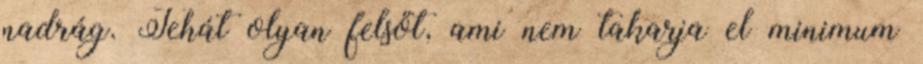
nadrág. Tehát olyan felsőt, ami nem takarja el minimum